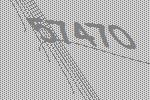
57470